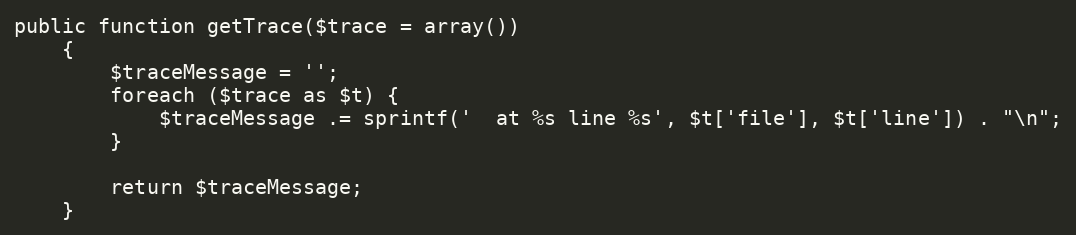
Language: PHP
public function getTrace($trace = array())
    {
        $traceMessage = '';
        foreach ($trace as $t) {
            $traceMessage .= sprintf('  at %s line %s', $t['file'], $t['line']) . "\n";
        }

        return $traceMessage;
    }